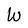
Character: W